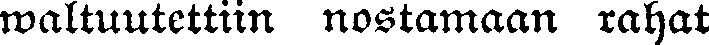
waltuutettiin nostamaan rahat